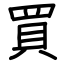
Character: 買